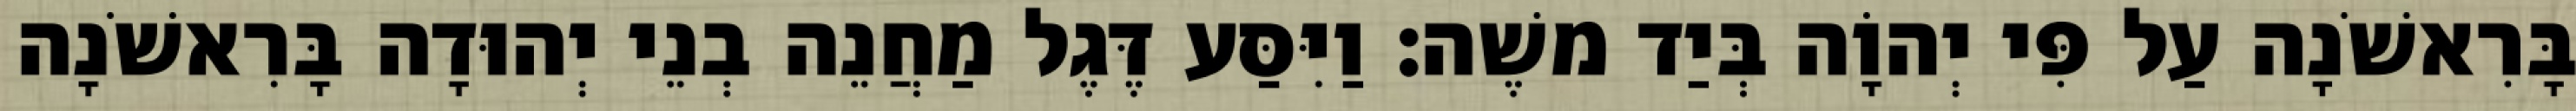
בָּרִאשֹׁנָה עַל פִּי יְהוָֹה בְּיַד משֶׁה׃ וַיִּסַּע דֶּגֶל מַחֲנֵה בְנֵי יְהוּדָה בָּרִאשֹׁנָה